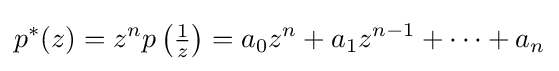
p^{*}(z)=z^{n}p\left({\tfrac {1}{z}}\right)=a_{0}z^{n}+a_{1}z^{n-1}+\cdots +a_{n}